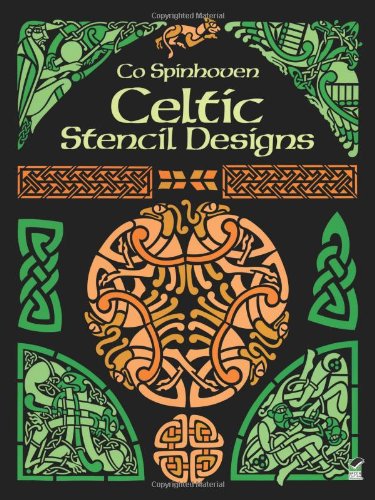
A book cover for Celtic Stencil Designs (Dover Pictorial Archive); Co Spinhoven; Arts & Photography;